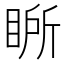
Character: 𭾾